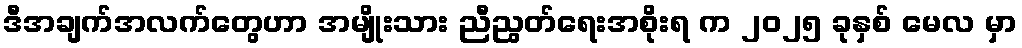
ဒီအချက်အလက်တွေဟာ အမျိုးသား ညီညွတ်ရေးအစိုးရ က ၂၀၂၅ ခုနှစ် မေလ မှာ